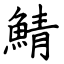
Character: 鯖